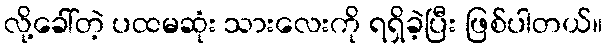
လို့ခေါ်တဲ့ ပထမဆုံး သားလေးကို ရရှိခဲ့ပြီး ဖြစ်ပါတယ်။